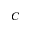
C